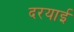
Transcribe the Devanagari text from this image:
दरयाई